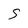
Character: 5